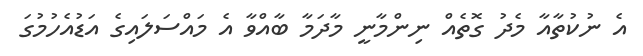
އެ ނުކުތާއާ މެދު ގޮތެއް ނިންމާނީ މާދަމާ ބާއްވާ އެ މައްސަލައިގެ އަޑުއެހުމުގަ